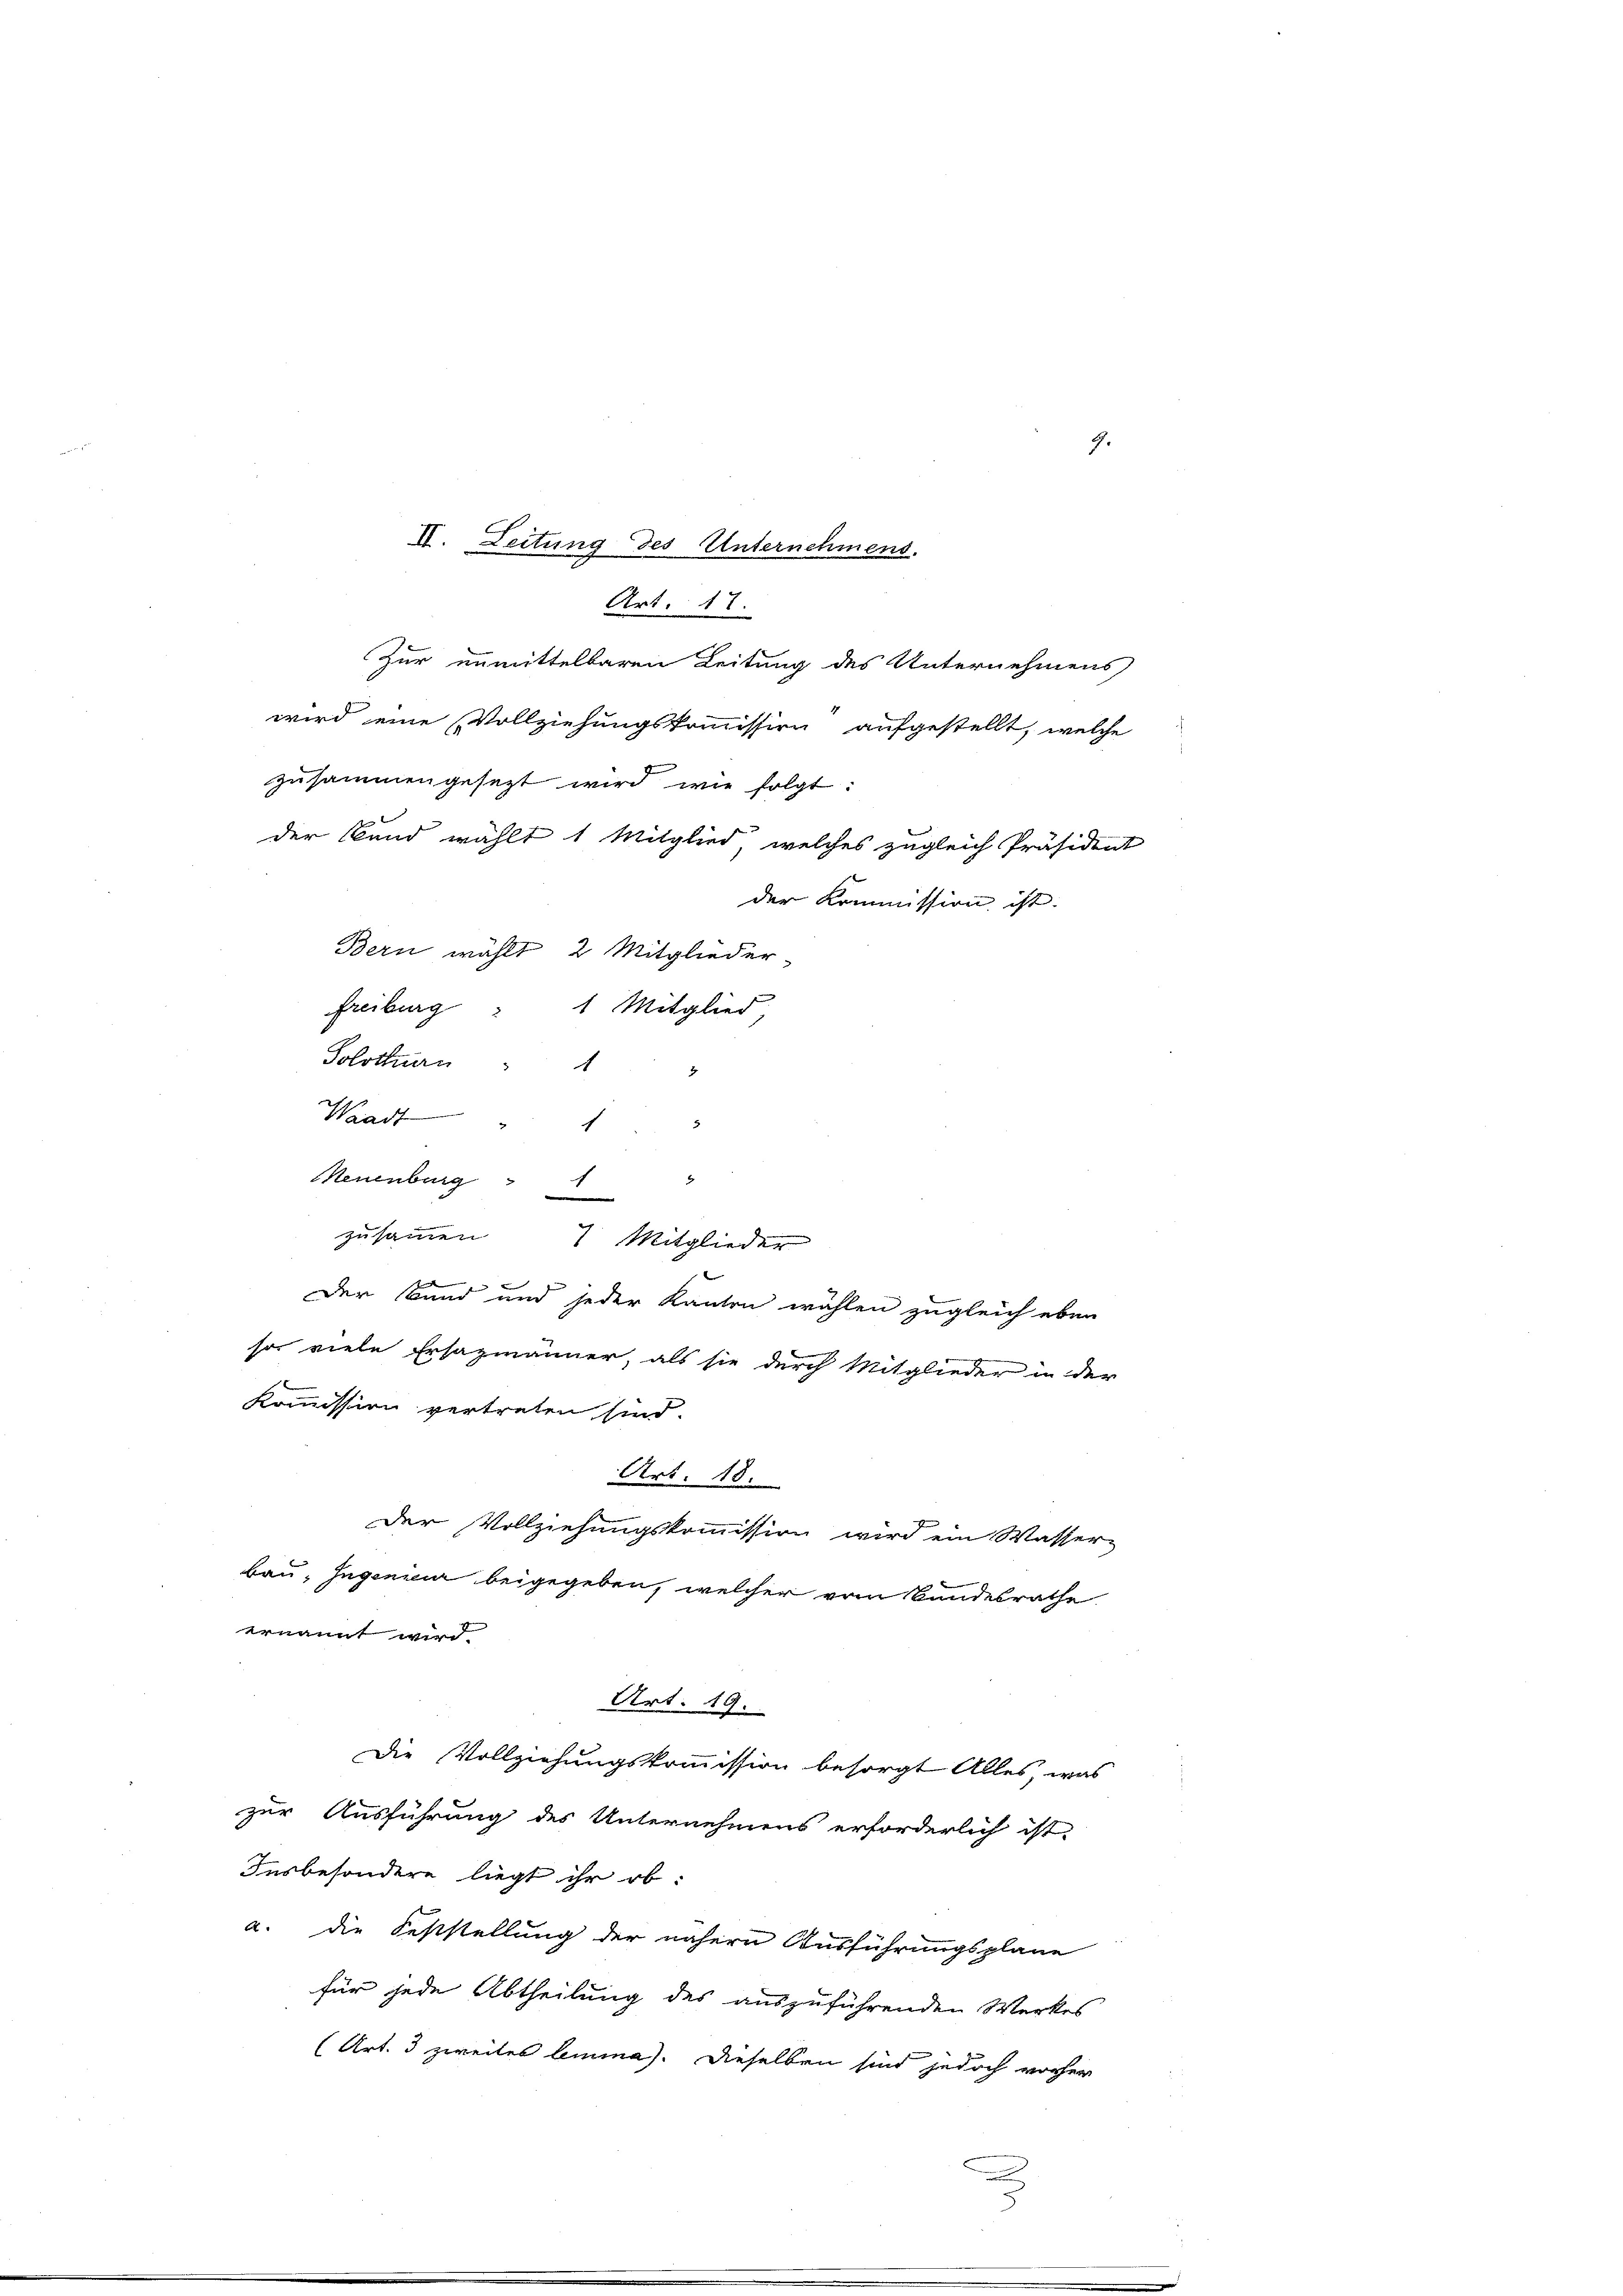
9.

Bern wählt, 2 Mitglieder-
Solothurn
Waadt 1
Neuenburg
x
zusammen 1 Mitglieder
Der Band und jeder Kanton wählen zugleich eben
so viele Ersazmänner, als sie durch Mitglieder in der
Kommission vertreten sind.
Art. 10.
der Vollziehungskommission wird ein Wasser
bau, Ingenieur beigegeben, welcher vom Bundesrathe
ernannt wird
Art. 19.
Die Vollziehungskommission besorgt Alles, was
zur Ausführung des Unternehmens erforderlich ist.
Insbesondere liegt ihr ob:
a. die Feststellung der nähern Ausführungsplane
für jede Abtheilung des auszuführenden Werkes
(Art. 3 zweites lemma). Dieselben sind jedoch vorher

IV. Leitung des Unternehmens.
Art. 17.
Zur unmittelbaren Leitung des Unternehmens
wird eine Vollziehungskommission aufgestellt, welche
mung
zusammengesezt wird wie folgt.
der Band wählt 1 Mitglied, welches zugleich Präsident
der Kommission ist.

Freiburg " 1 Mitglied,

5